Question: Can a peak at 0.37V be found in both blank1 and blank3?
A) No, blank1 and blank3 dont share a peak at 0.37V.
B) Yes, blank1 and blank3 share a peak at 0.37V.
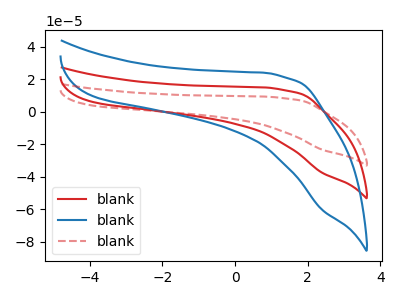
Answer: <think>The red curve "blank1" has no peaks. The blue curve "blank2" has no peaks. The red dashed curve "blank3" has no peaks.</think>
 <answer>A) No, "blank1" and "blank3" dont share a peak at 0.37V.</answer>
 <eval>A</eval>